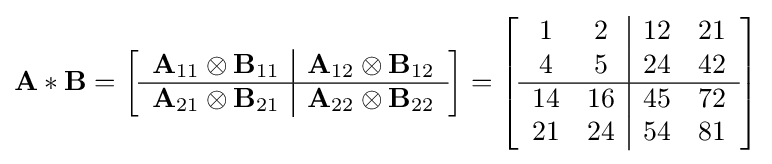
\mathbf {A} \ast \mathbf {B} =\left[{\begin{array}{c | c}\mathbf {A} _{11}\otimes \mathbf {B} _{11}&\mathbf {A} _{12}\otimes \mathbf {B} _{12}\\\hline \mathbf {A} _{21}\otimes \mathbf {B} _{21}&\mathbf {A} _{22}\otimes \mathbf {B} _{22}\end{array}}\right]=\left[{\begin{array}{c c | c c}1&2&12&21\\4&5&24&42\\\hline 14&16&45&72\\21&24&54&81\end{array}}\right]